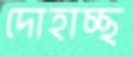
দোহাচ্ছ